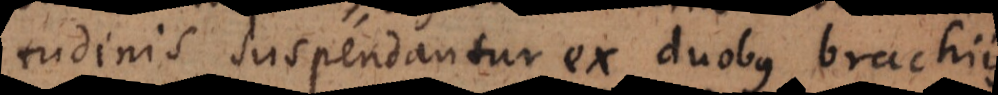
tudinis suspendantur ex duobus brachiis